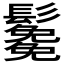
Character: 𩯯